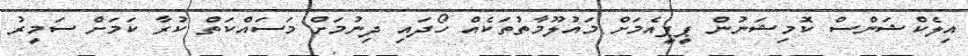
އިލެކްޝަންސް ކޮމިޝަނުން ޕީޕީއެމަށް މައުލޫމާތުތަކެއް ހޯދައި ދިނުމަށް މަސައްކަތް ކުރާ ކަމަށް ސަމީރު